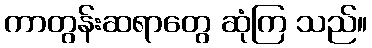
ကာတွန်းဆရာတွေ ဆုံကြ သည်။